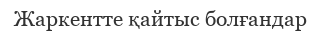
Жаркентте қайтыс болғандар